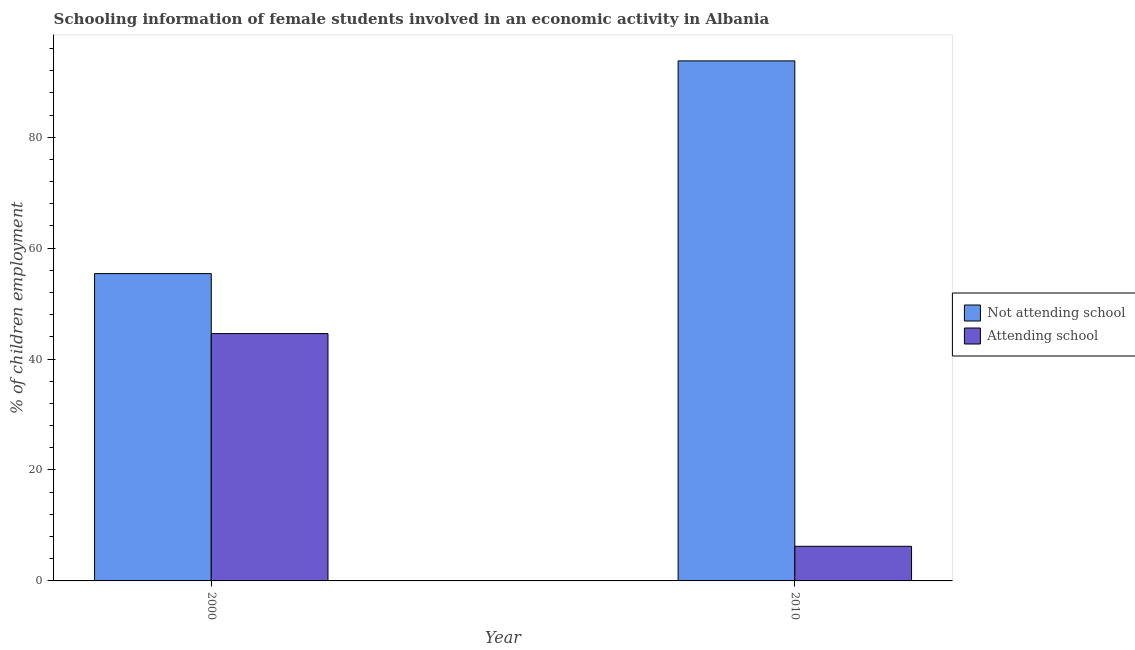
| Year | Not attending school | Attending school |
 | --- | --- | --- |
 | 2000 | 55.4 | 44.6 |
 | 2010 | 93.8 | 6.24 |